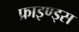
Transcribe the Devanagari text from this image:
फ्राइण्ड्स